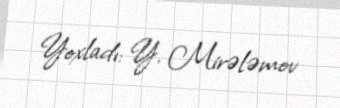
Yoxladı: Y. Mirələmov